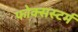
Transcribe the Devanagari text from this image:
फोक्सस्टर्म